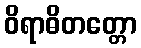
ဝိရာဓိတတ္တော